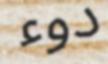
دوء